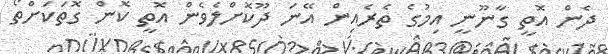
ދެން އޮތީ ގާނޫނީ އިމުގެ ތެރެއިން އޭނަ ދޫކޮށްލެވެން އޮތީ ކޮން ގޮތަކަށްތޯ